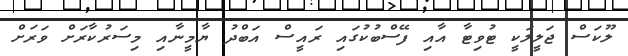
ލޫކަސް ޖަލީލަކީ ޓުވިޓާ އާއި ފޭސްބުކުގައި ރައީސް އަބްދު ޔާމީނާއި މިސަރުކާރަށް ވަރަށް